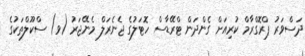
ދަސްވަރު ޕްރޮގްރާމް ކުރިއަށް ގެންދަން ޓްރޭޑާސް ހޮޓަލުގެ ޖެނެރަލް މެނޭޖަރު (ވ) ސްކޫލްތަކުގެ